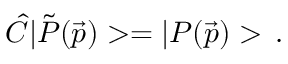
\hat { C } | \tilde { P } ( \vec { p } ) > = | P ( \vec { p } ) > \, .